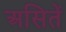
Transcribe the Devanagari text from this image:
असितें